Vaccine operations Central Provinces 1886-1899 - 1886-1899
Year: 1886
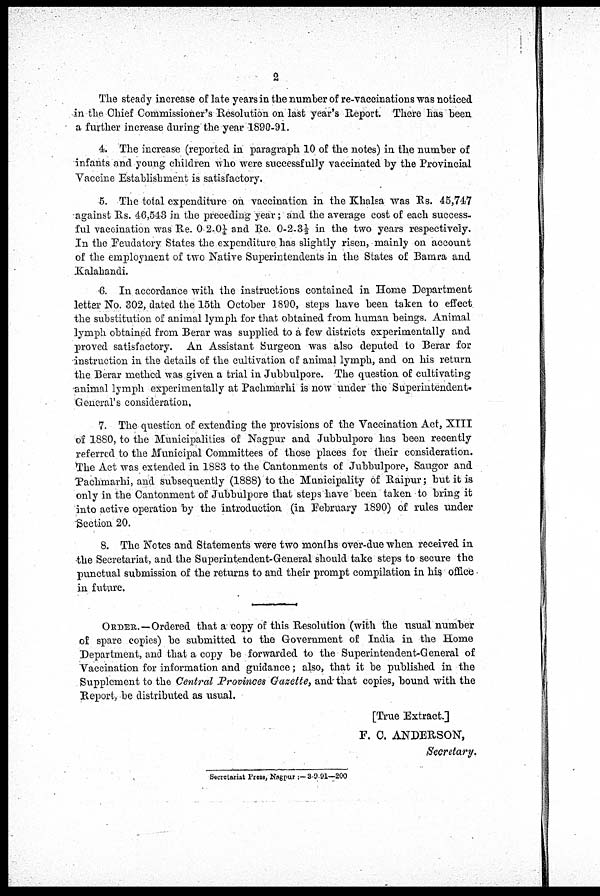
2
The steady increase of late years in the number of re-vaccinations was noticed
in the Chief Commissioner's Resolution on last year's Report. There has been
a further increase during the year 1890-91.
4. The increase (reported in paragraph 10 of the notes) in the number of
infants and young children who were successfully vaccinated by the Provincial
Vaccine Establishment is satisfactory.
5. The total expenditure on vaccination in the Khalsa was Rs. 45,747
against Rs. 46,543 in the preceding year; and the average cost of each success-
ful vaccination was Re. 0-2-0¼ and Re. 0-2-3½ in the two years respectively.
In the Feudatory States the expenditure has slightly risen,-mainly on account
of the employment of two Native Superintendents in the States of Bamra and
Kalahandi.
6. In accordance with the instructions contained in Home Department
letter No. 302, dated the 15th October 1890, steps have been taken to effect
the substitution of animal lymph for that obtained from human beings. Animal
lymph obtained from Berar was supplied to a few districts experimentally and
proved satisfactory. An Assistant Surgeon was also deputed to Berar for
instruction in the details of the cultivation of animal lymph, and on his return
the Berar method was given a trial in Jubbulpore. The question of cultivating
animal lymph experimentally at Pachmarhi is now under the Superintendent-
General's consideration.
7. The question of extending the provisions of the Vaccination Act, XIII
of 1880, to the Municipalities of Nagpur and Jubbulpore has been recently
referred to the Municipal Committees of those places for their consideration.
The Act was extended in 1883 to the Cantonments of Jubbulpore, Saugor and
Pachmarhi, and subsequently (1888) to the Municipality of Raipur; but it is
only in the Cantonment of Jubbulpore that steps have been taken to bring it
into active operation by the introduction (in February 1890) of rules under
Section 20.
8. The Notes and Statements were two months over-due when received in
the Secretariat, and the Superintendent-General should take steps to secure the
punctual submission of the returns to and their prompt compilation in his office
in future.
ORDER.—Ordered that a copy of this Resolution (with the usual number
of spare copies) be submitted to the Government of India in the Home
Department, and that a copy be forwarded to the Superintendent-General of
Vaccination for information and guidance; also, that it be published in the
Supplement to the Central Provinces Gazette, and that copies, bound with the
Report, be distributed as usual.
[True Extract.]
F. C. ANDERSON,
Secretary.
Secretariat Press, Nagpur :-3-9-91—200